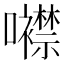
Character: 𡅢